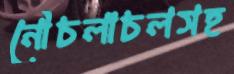
নৌচলাচলসহ